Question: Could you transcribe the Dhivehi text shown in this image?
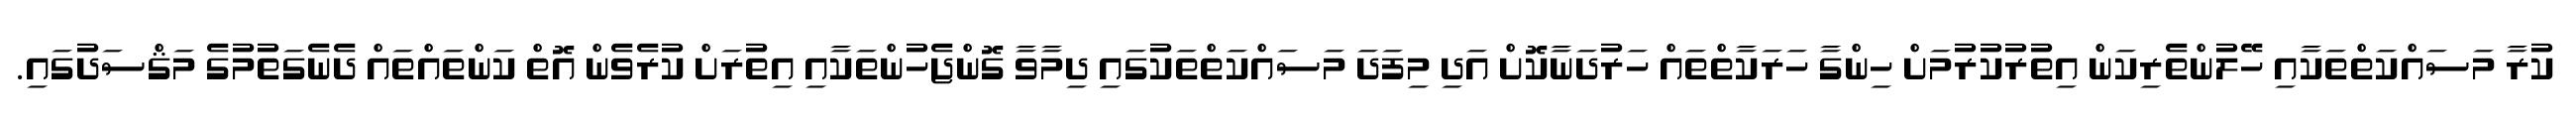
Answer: ކުރާ މަސައްކަތްތަކާއި ހޭލުންތެރިކަން އިތުރުކުރުމަށް ހިންގާ ހަރަކާތްތައް ހަރުދަނާކޮށް އަދި މިފަދަ މަސައްކަތްތަކުގައި ދިމާވާ ގޮންޖެހުންތަކާއި އިތުރަށް ކުރެވެން އޮތް ކަންތައްތައް ދެނެގަތުމުގެ މަޤްސަދުގައި.